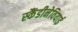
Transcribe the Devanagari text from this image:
स्कैंडीनेवियाई